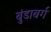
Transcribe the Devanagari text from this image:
बुंडाबर्ग